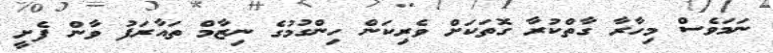
ނަމަވެސް މިހާރާ ގާތްކުރާ ގޮތަކަށް ވެރިކަން ހިންގުމުގެ ނިޒާމް ތައާރަފު ވާން ފެށީ